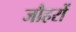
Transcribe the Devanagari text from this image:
जौहरों